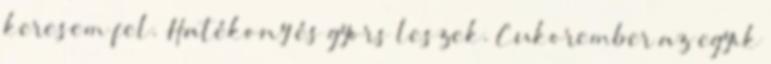
keresem fel. Hatékony és gyors leszek. Cukorember az egyik